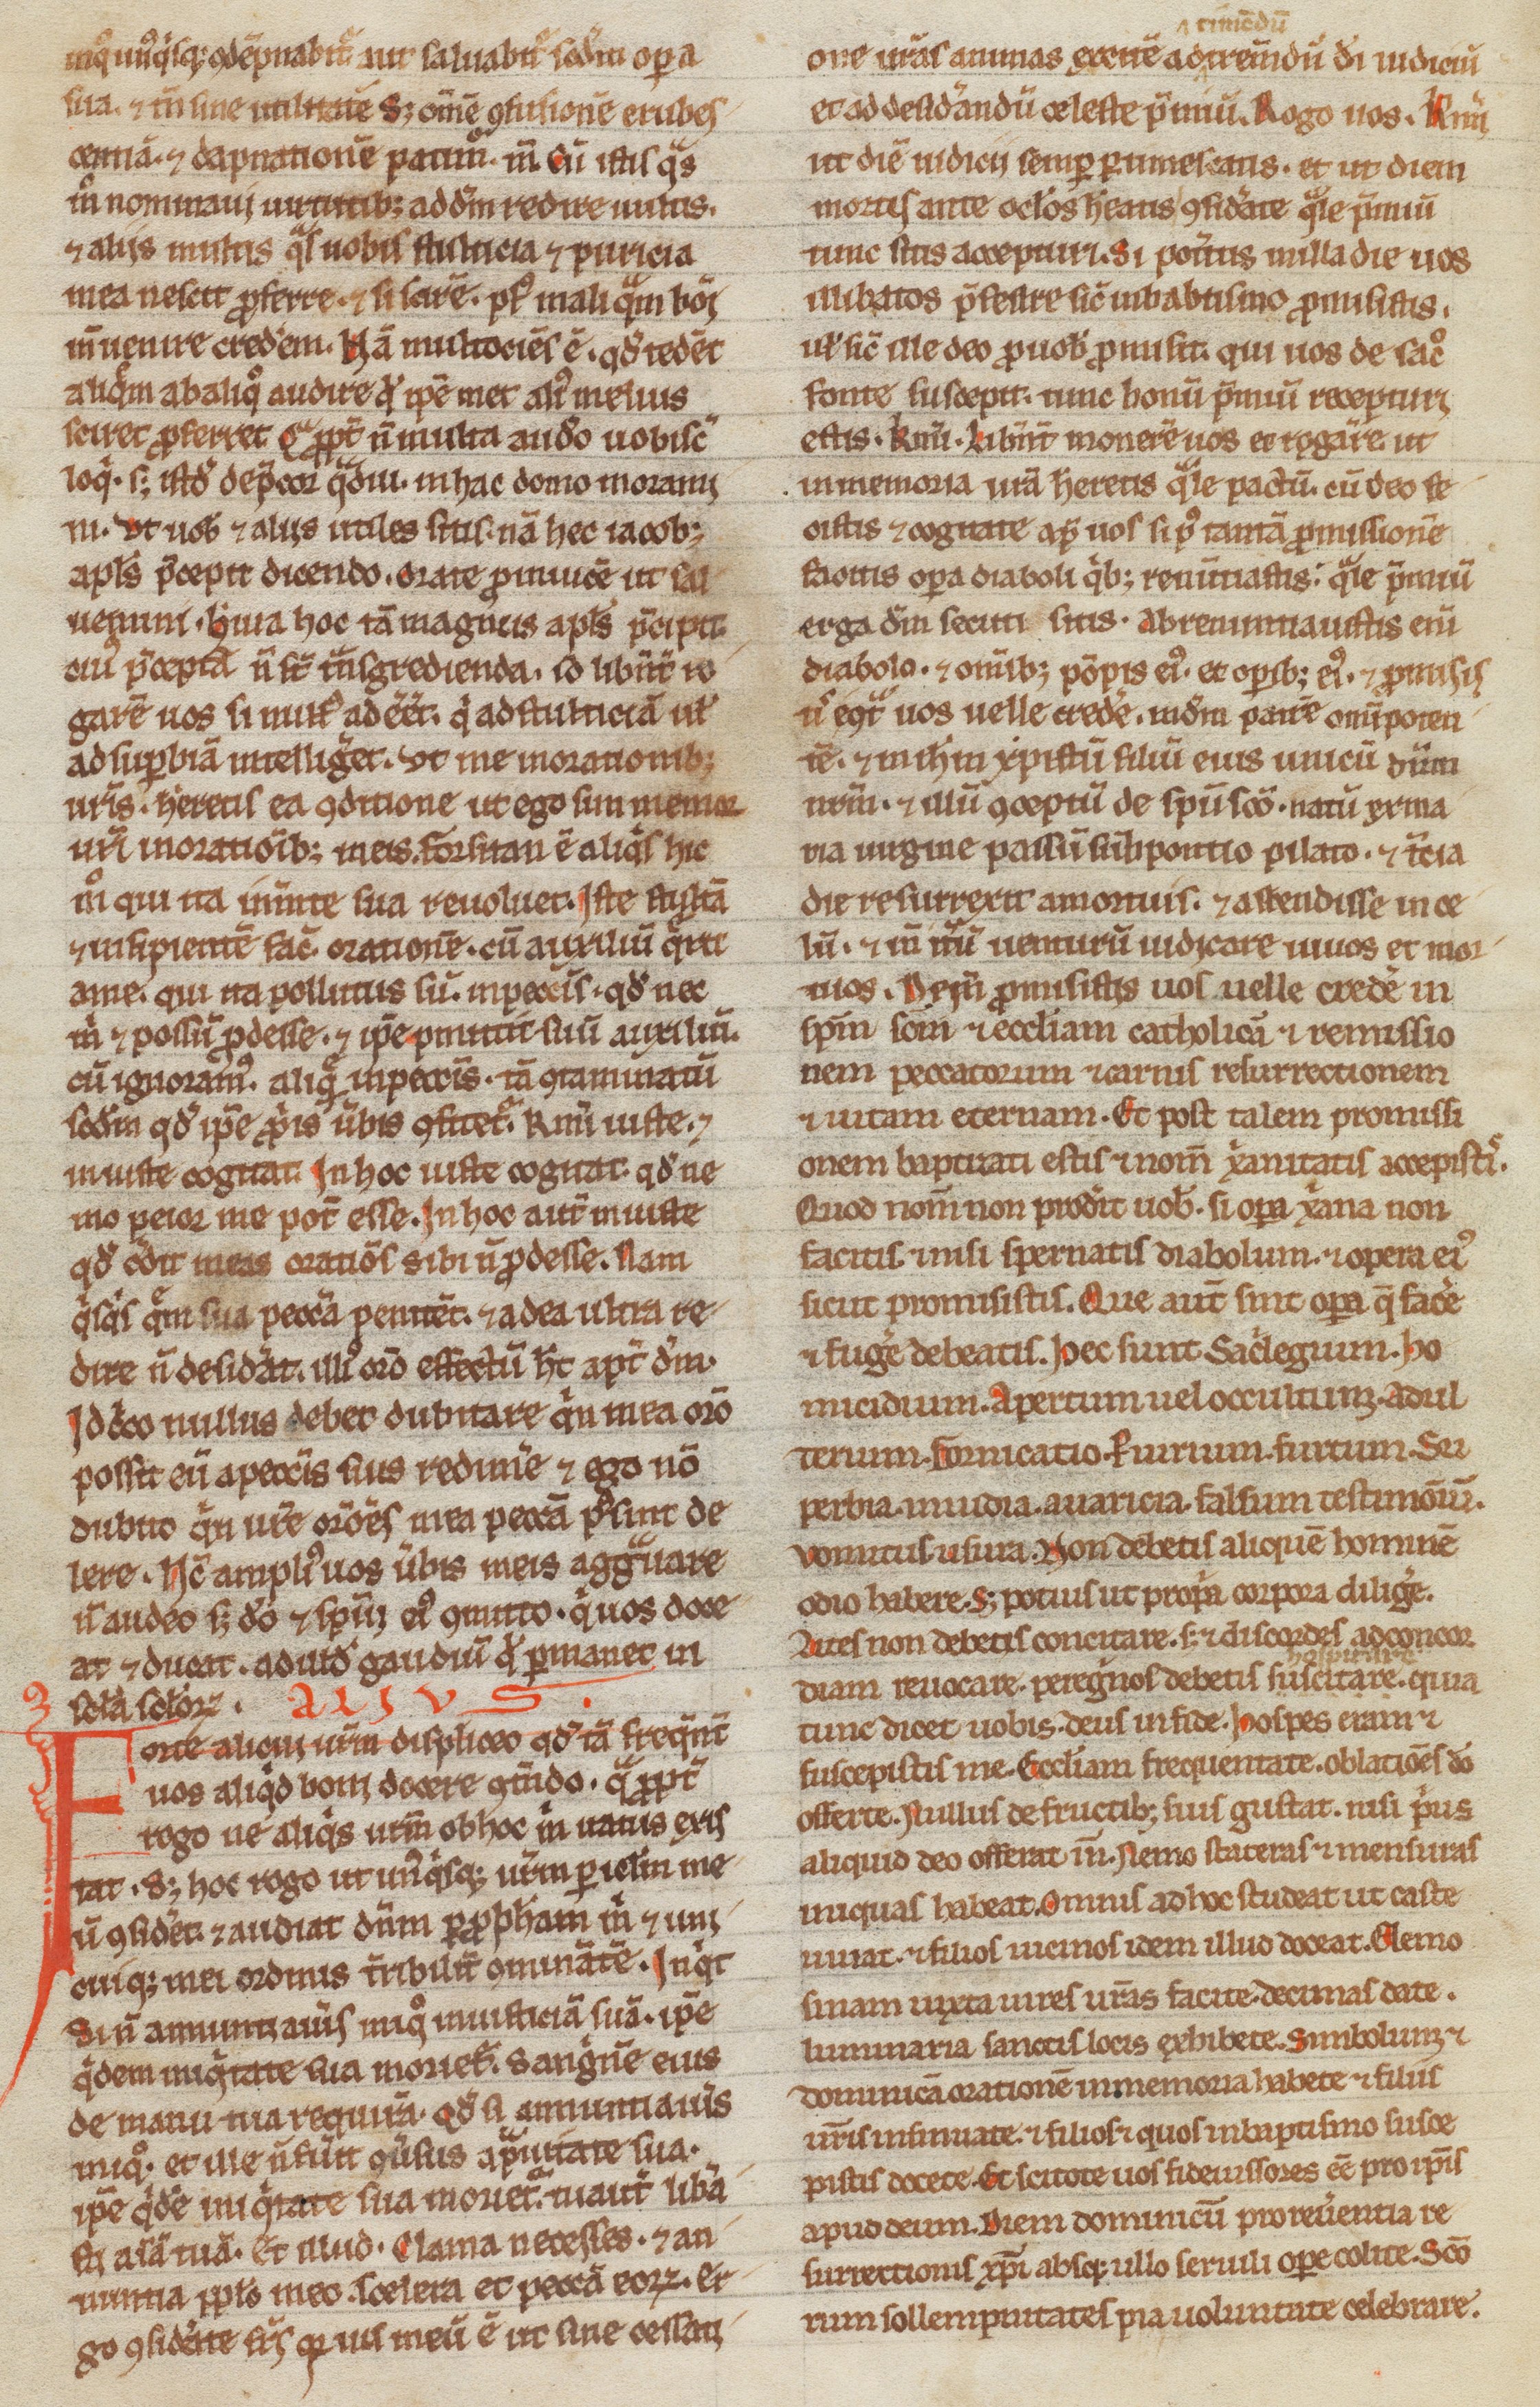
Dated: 1200–1249